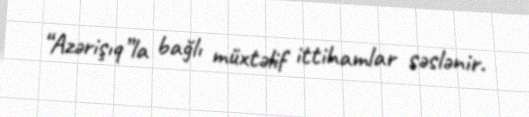
“Azərişıq”la bağlı müxtəlif ittihamlar səslənir.